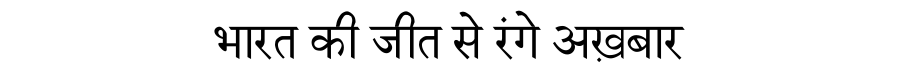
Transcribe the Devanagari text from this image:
भारत की जीत से रंगे अख़बार